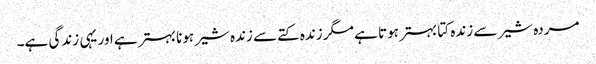
مردہ شیر سے زندہ کتا بہتر ہوتا ہے مگر زندہ کتے سے زندہ شیر ہونا بہتر ہے اور یہی زندگی ہے۔